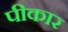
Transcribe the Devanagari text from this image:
पीकार